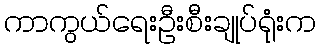
ကာကွယ်ရေးဦးစီးချုပ်ရုံးက